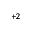
^ { + 2 }